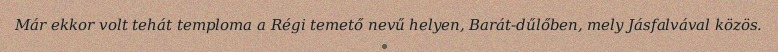
Már ekkor volt tehát temploma a Régi temető nevű helyen, Barát-dűlőben, mely Jásfalvával közös.